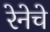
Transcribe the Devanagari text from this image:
रेनेचे